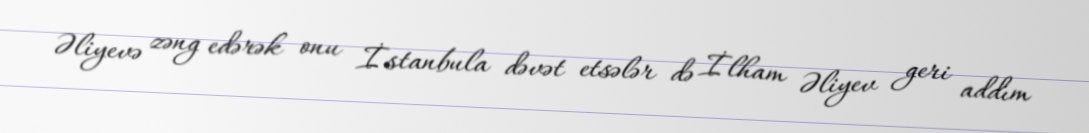
Əliyevə zəng edərək onu İstanbula dəvət etsələr də İlham Əliyev geri addım